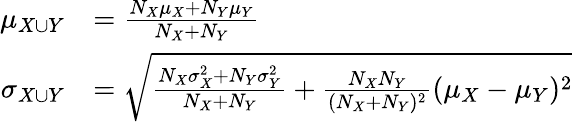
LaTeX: {\begin{array}{rl}{\mu_{X\cup Y}}&{={\frac{N_{X}\mu_{X}+N_{Y}\mu_{Y}}{N_{X}+N_{Y}}}}\\ {\sigma_{X\cup Y}}&{={\sqrt{{\frac{N_{X}\sigma_{X}^{2}+N_{Y}\sigma_{Y}^{2}}{N_{X}+N_{Y}}}+{\frac{N_{X}N_{Y}}{(N_{X}+N_{Y})^{2}}}(\mu_{X}-\mu_{Y})^{2}}}}\end{array}}